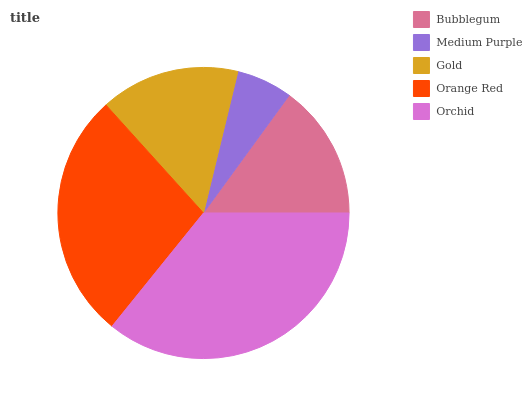
| Bubblegum | Medium Purple | Gold | Orange Red | Orchid |
 | --- | --- | --- | --- | --- |
 | 15% | 6.22% | 15.5% | 27.5% | 35.8% |